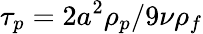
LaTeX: \tau_{p}=2a^{2}\rho_{p}/9\nu\rho_{f}